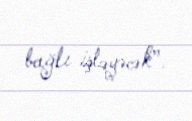
bağlı işləyəcək”.